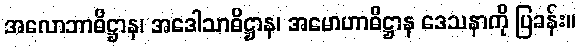
အလောဘာဓိဋ္ဌာန၊ အဒေါသာဓိဋ္ဌာန၊ အမောဟာဓိဋ္ဌာန ဒေသနာကို ပြခန်း။